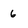
Character: 6